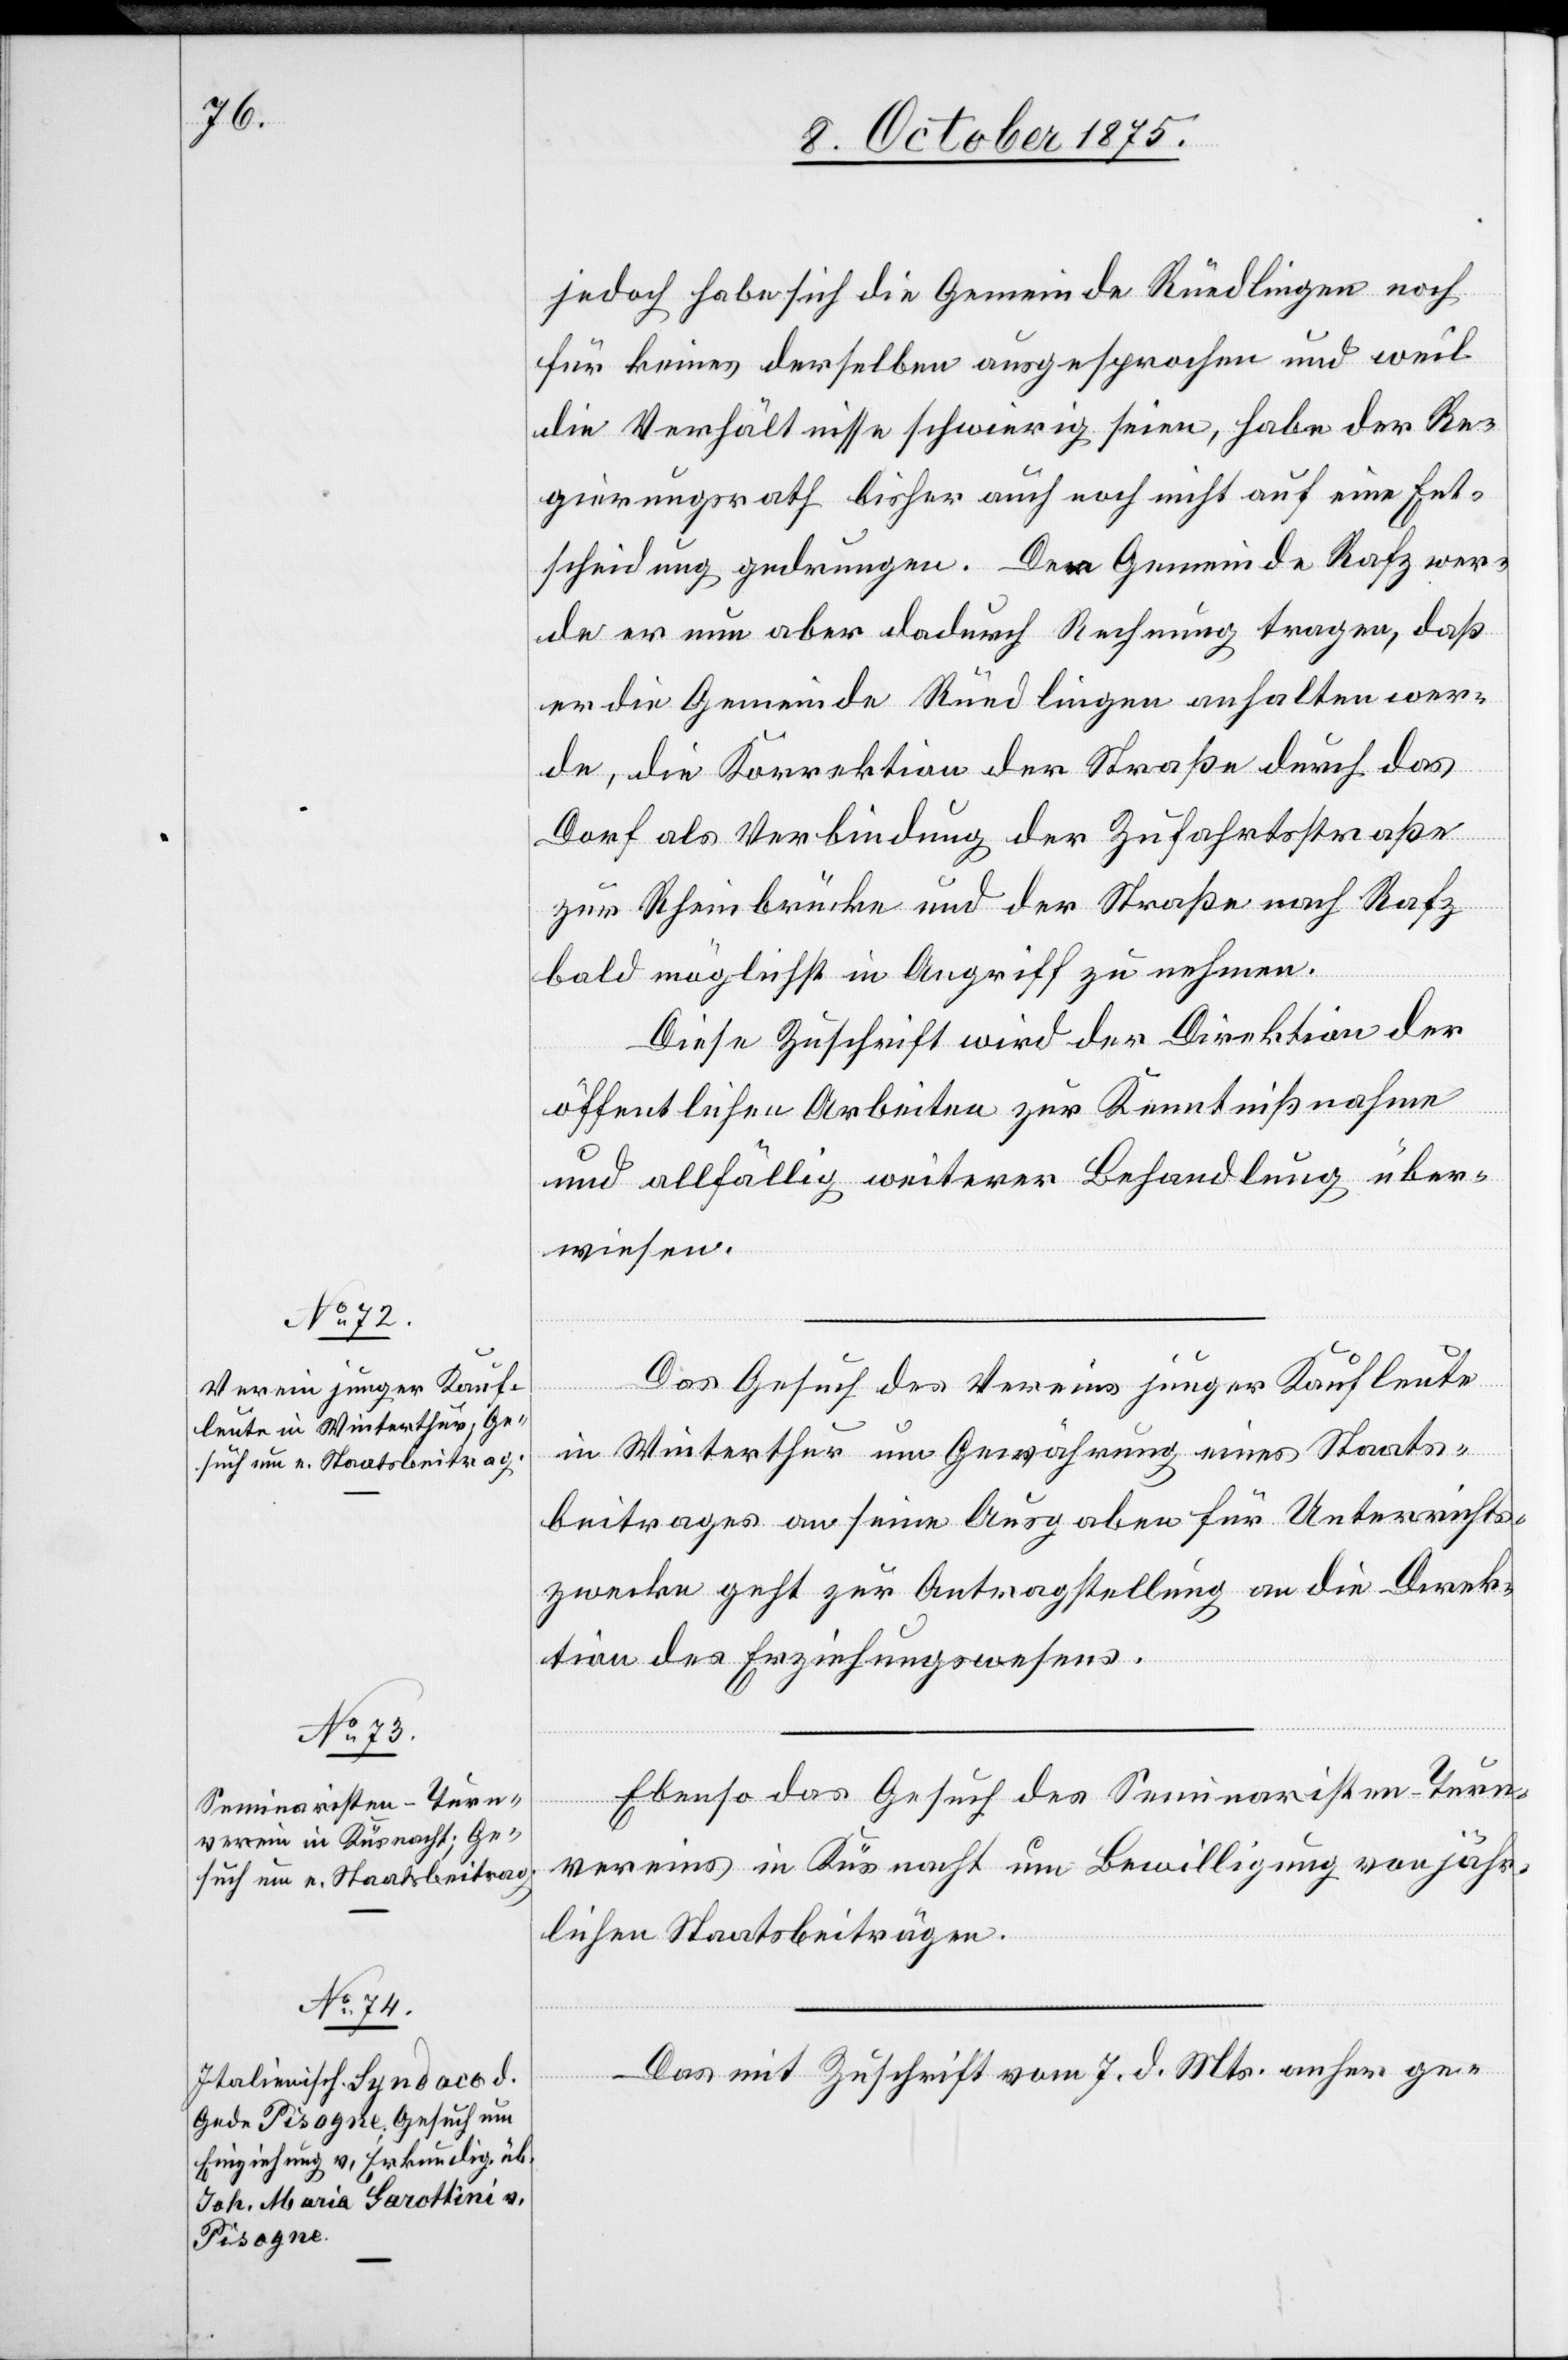
[Fortsetzung

11. October 1875.]
jedoch habe sich die Gemeinde Rüedlingen noch
für keines derselben ausgesprochen und weil
die Verhältnisse schwierig seien, habe der Re¬
gierungsrath bisher auch noch nicht auf eine Ent¬
scheidung gedrungen. Der Gemeinde Rafz wer¬
de er nun aber dadurch Rechnung tragen, daß
er die Gemeinde Rüedlingen anhalten wer¬
de, die Korrektion der Straße durch das
Dorf als Verbindung der Zufahrtsstraßen
zur Rheinbrücke und der Straße nach Rafz
bald möglichst in Angriff zu nehmen.
Diese Zuschrift wird der Direktion der
öffentlichen Arbeiten zur Kenntnißnahme
und allfällig weiterer Behandlung über¬
wiesen.
Das Gesuch des Vereins junger Kaufleute
in Winterthur um Gewährung eines Staats¬
beitrages an seine Ausgaben für Unterrichts¬
zwecke geht zur Antragstellung an die Direk¬
tion des Erziehungswesens.
Ebenso das Gesuch des Seminaristen-Turn¬
vereins in Küsnacht um Bewilligung von jähr¬
lichen Staatsbeiträgen.
Das mit Zuschrift vom 7. d. Mts. anher ge-